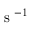
\mathrm { ~ s ~ } ^ { - 1 }